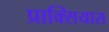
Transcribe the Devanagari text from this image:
प्राक्सियास